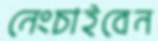
নেংচাইবেন